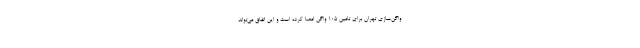
واگن‌سازی تهران برای تامین ۱۰۵ واگن امضا کرده است و این اتفاق می‌تواند